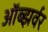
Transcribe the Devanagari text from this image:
ऑब्झर्वर